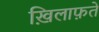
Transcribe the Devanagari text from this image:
ख़िलाफ़तें